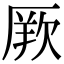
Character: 𭆏